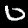
Label: 0